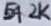
Text: 54.2K